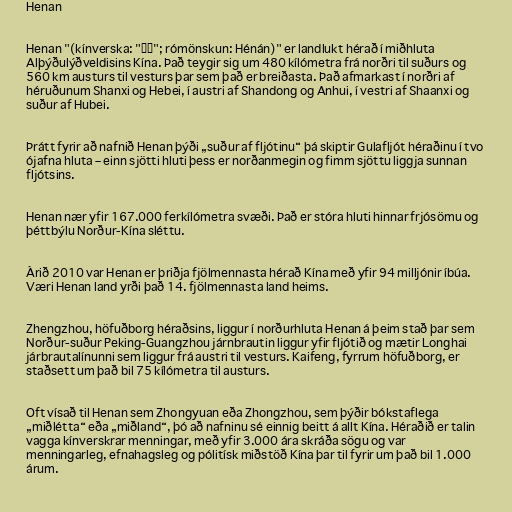
Henan

Henan "(kínverska: "河南"; rómönskun: Hénán)" er landlukt hérað í miðhluta
Alþýðulýðveldisins Kína. Það teygir sig um 480 kílómetra frá norðri til suðurs og
560 km austurs til vesturs þar sem það er breiðasta. Það afmarkast í norðri af
héruðunum Shanxi og Hebei, í austri af Shandong og Anhui, í vestri af Shaanxi og
suður af Hubei.

Þrátt fyrir að nafnið Henan þýði „suður af fljótinu“ þá skiptir Gulafljót héraðinu í tvo
ójafna hluta – einn sjötti hluti þess er norðanmegin og fimm sjöttu liggja sunnan
fljótsins.

Henan nær yfir 167.000 ferkílómetra svæði. Það er stóra hluti hinnar frjósömu og
þéttbýlu Norður-Kína sléttu.

Árið 2010 var Henan er þriðja fjölmennasta hérað Kína með yfir 94 milljónir íbúa.
Væri Henan land yrði það 14. fjölmennasta land heims.

Zhengzhou, höfuðborg héraðsins, liggur í norðurhluta Henan á þeim stað þar sem
Norður-suður Peking-Guangzhou járnbrautin liggur yfir fljótið og mætir Longhai
járbrautalínunni sem liggur frá austri til vesturs. Kaifeng, fyrrum höfuðborg, er
staðsett um það bil 75 kílómetra til austurs.

Oft vísað til Henan sem Zhongyuan eða Zhongzhou, sem þýðir bókstaflega
„miðlétta“ eða „miðland“, þó að nafninu sé einnig beitt á allt Kína. Héraðið er talin
vagga kínverskrar menningar, með yfir 3.000 ára skráða sögu og var
menningarleg, efnahagsleg og pólitísk miðstöð Kína þar til fyrir um það bil 1.000
árum.